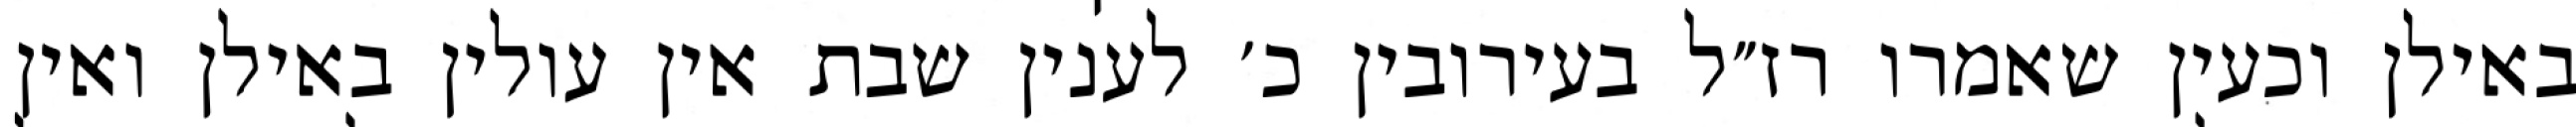
באילן וכעין שאמרו רז״ל בעירובין כ׳ לענין שבת אין עולין באילן ואין